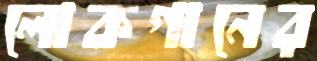
লোকগানের